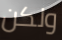
ولكن